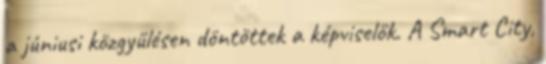
a júniusi közgyűlésen döntöttek a képviselők. A Smart City,